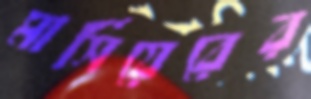
মার্সিয়েরের